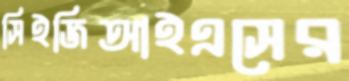
সিইজিআইএসের